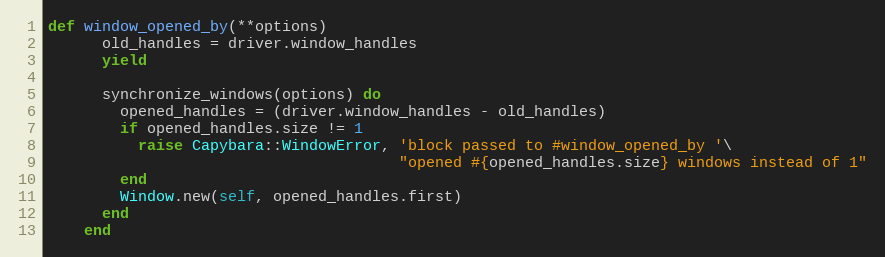
Language: Ruby
def window_opened_by(**options)
      old_handles = driver.window_handles
      yield

      synchronize_windows(options) do
        opened_handles = (driver.window_handles - old_handles)
        if opened_handles.size != 1
          raise Capybara::WindowError, 'block passed to #window_opened_by '\
                                       "opened #{opened_handles.size} windows instead of 1"
        end
        Window.new(self, opened_handles.first)
      end
    end